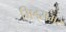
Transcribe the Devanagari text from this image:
मिड्‌समर